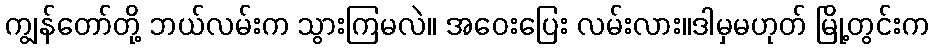
ကျွန်တော်တို့ ဘယ်လမ်းက သွားကြမလဲ။ အဝေးပြေး လမ်းလား။ဒါမှမဟုတ် မြို့တွင်းက